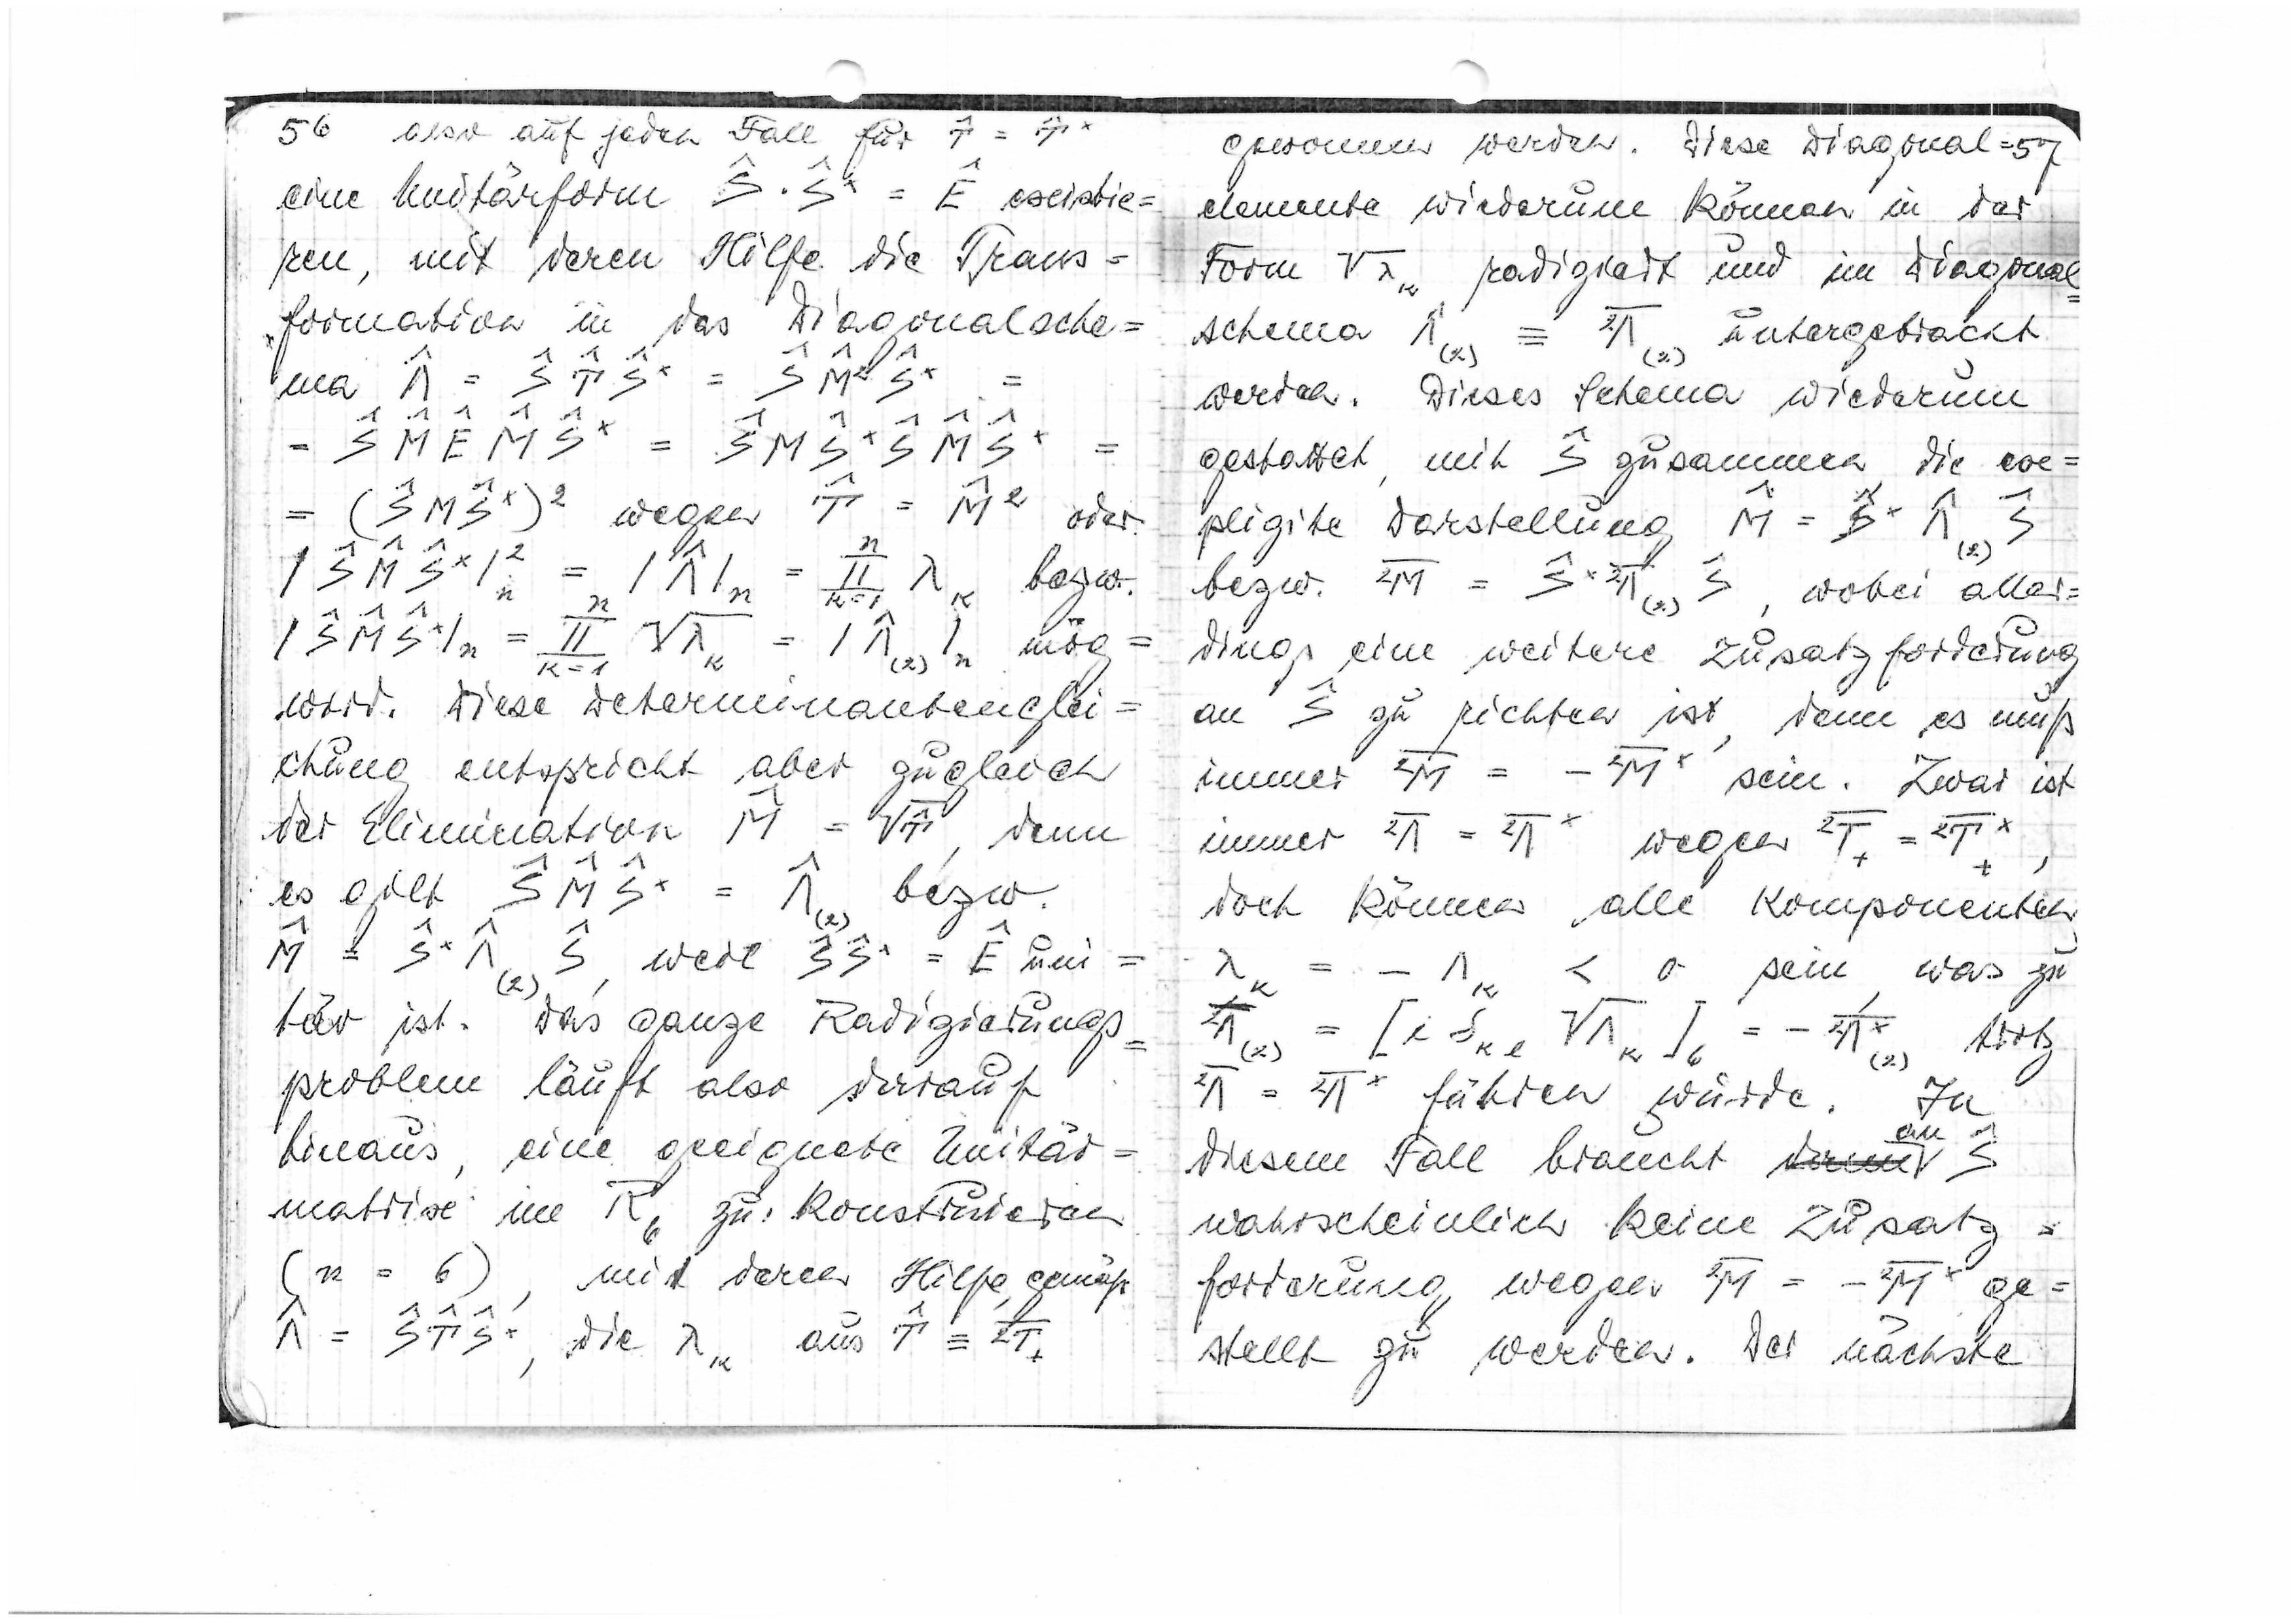
56
also auf jeden Fall für

eine Unitärform

existie=
ren, mit deren Hilfe die Trans=
formation in das Diagonalsche=
=

=

(

=

wegen
oder
n

bzw.
k

k=1
wird. Diese Determinantenglei=
chung entspricht aber zugleich
der Elimination

denn

bzw.
es gilt

=

weil

uni
(2)
tär ist. Das ganze Radizierungs=
problem läuft also darauf
hinaus, eine geeignete Unitär=
matrix im R6 zu konstruieren
(n = 6), mit deren Hilfe, gemäß
^^

=

die

aus

genommen werden. Diese Diagonal=
=57
elemente wiederum können in der
Form

radiziert und im Diagonal
schema

untergebracht
werden. Dieses Schema wiederum
gestattet, mit

zusammen die ex=

plizite Darstellung

(2)
bzw.

wobei aller=
dings eine weitere Zusatzforderung
an

zu richten ist, denn es muß
immer

sein. Zwar ist
immer

wegen

doch können alle Komponenten

< 0 sein, was zu

trotz

führen würde. In
an
diesem Fall braucht
wahrscheinlich keine Zusatz=
forderung wegen

gestellt zu werden. Der nächste